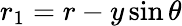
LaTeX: r_{1}=r-y\sin\theta